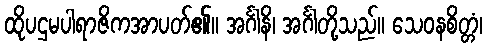
ထိုပဌမပါရာဇိကအာပတ်၏။ အင်္ဂါနိ၊ အင်္ဂါတို့သည်။ သေဝနစိတ္တံ၊